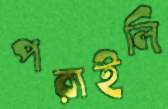
পরাইলি